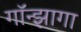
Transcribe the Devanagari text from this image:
गॉन्झागा